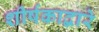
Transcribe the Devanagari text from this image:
शीर्षकाद्वारे